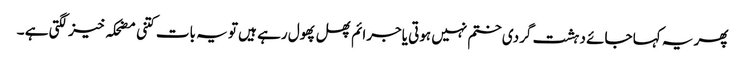
پھر یہ کہا جائے دہشت گردی ختم نہیں ہوتی یاجرائم پھل پھول رہے ہیں تو یہ بات کتنی مضحکہ خیز لگتی ہے ۔